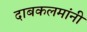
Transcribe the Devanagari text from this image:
दाबकलमांनी